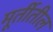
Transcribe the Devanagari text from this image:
मूर्तीतील